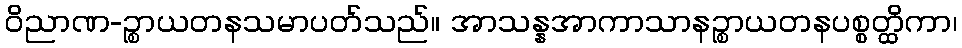
ဝိညာဏ-ဉ္စာယတနသမာပတ်သည်။ အာသန္နအာကာသာနဉ္စာယတနပစ္စတ္ထိကာ၊